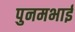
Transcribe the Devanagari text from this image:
पुनमभाई